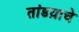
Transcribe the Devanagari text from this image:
तांडय़ाचे